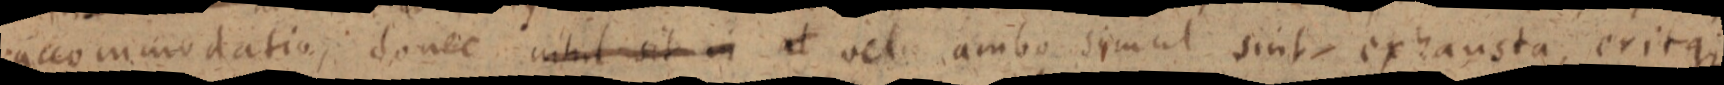
accommodatio, donec nihil sit in et vel ambo simul sint exhausta, eritque